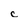
Character: c